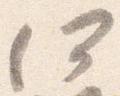
何